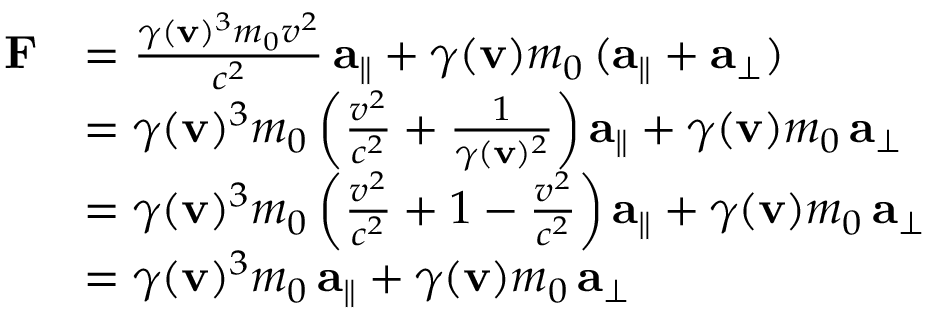
{ \begin{array} { r l } { \mathbf { F } } & { = { \frac { \gamma ( \mathbf { v } ) ^ { 3 } m _ { 0 } v ^ { 2 } } { c ^ { 2 } } } \, \mathbf { a } _ { \parallel } + \gamma ( \mathbf { v } ) m _ { 0 } \, ( \mathbf { a } _ { \parallel } + \mathbf { a } _ { \perp } ) } \\ & { = \gamma ( \mathbf { v } ) ^ { 3 } m _ { 0 } \left( { \frac { v ^ { 2 } } { c ^ { 2 } } } + { \frac { 1 } { \gamma ( \mathbf { v } ) ^ { 2 } } } \right) \mathbf { a } _ { \parallel } + \gamma ( \mathbf { v } ) m _ { 0 } \, \mathbf { a } _ { \perp } } \\ & { = \gamma ( \mathbf { v } ) ^ { 3 } m _ { 0 } \left( { \frac { v ^ { 2 } } { c ^ { 2 } } } + 1 - { \frac { v ^ { 2 } } { c ^ { 2 } } } \right) \mathbf { a } _ { \parallel } + \gamma ( \mathbf { v } ) m _ { 0 } \, \mathbf { a } _ { \perp } } \\ & { = \gamma ( \mathbf { v } ) ^ { 3 } m _ { 0 } \, \mathbf { a } _ { \parallel } + \gamma ( \mathbf { v } ) m _ { 0 } \, \mathbf { a } _ { \perp } } \end{array} }